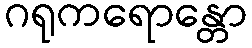
ဂရုကရောန္တော